Scottish Leaving Certificate Examination, 1956
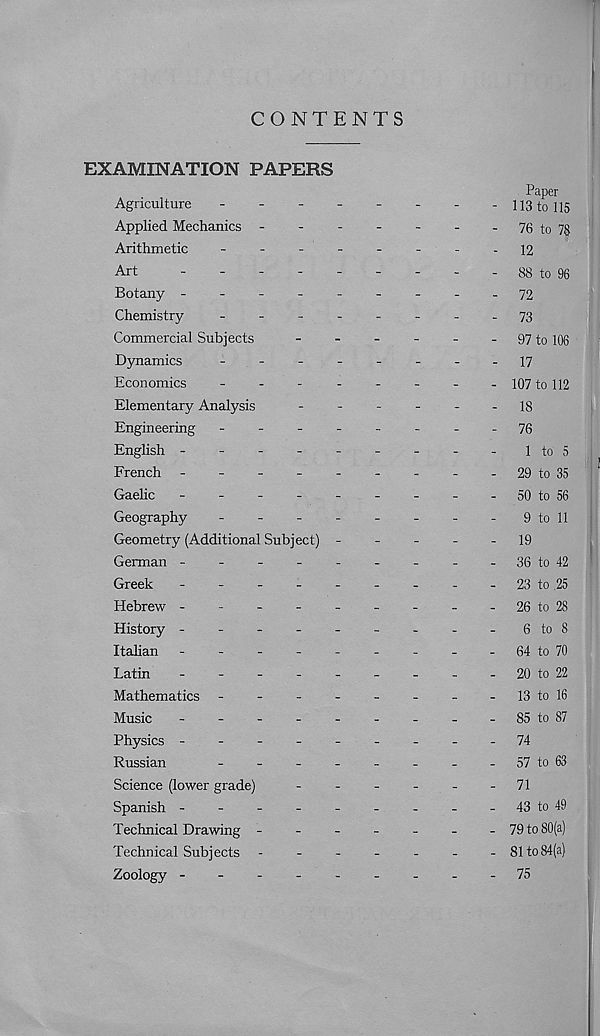
CONTENTS
EXAMINATION PAPERS
Agriculture
-
-
-
-
Applied Mechanics -
-
-
Arithmetic
-
-
-
-
Art
-
-
-
.
-
Botany -
-
-
-
-
Chemistry
-
-
-
-
Commercial Subjects
Dynamics
-
-
-
-
Economics
-
-
-
-
Elementary Analysis
Engineering -
-
-
-
English -
-
-
-
-
French -
-
-
-
-
Gaelic
-
-
-
-
-
Geography
-
Geometry (Additional Subject) -
German -
-
-
-
-
Greek
-
-
.
-
-
Hebrew -
-
-
-
-
History -
-
-
-
-
Italian -
-
-
-
-
Latin
-
-
-
-
-
Mathematics -
-
-
-
Music
-
-
-
-
-
Physics -
-
-
-
-
Russian
-
Science (lower grade)
Spanish -
-
-
-
-
Technical Drawing -
-
-
Technical Subjects -
-
-
Zoology -
-
-
-
-
Paper
113 to 115
76 to 7§
12
88 to 96
72
73
97 to 106
17
107 to 112
18
76
1 to 5
29 to 35
50 to 56
9 to 11
19
36 to 42
23 to .25
26 to 28
6 to 8
64 to 70
20 to 22
13 to 16
85 to 87
74
57 to 63
71
43 to 49
79 to 80(a)
81 to 84(a)